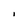
Character: I